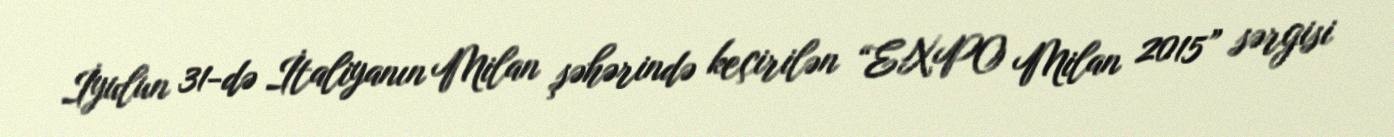
İyulun 31-də İtaliyanın Milan şəhərində keçirilən “EXPO Milan 2015” sərgisi